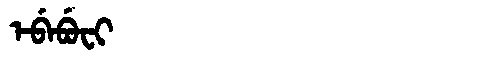
Manchu: ᡝᠪᡝᠪᡠᠸᡳ
Romanization: EBEBUFI